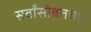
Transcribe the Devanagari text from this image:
सर्वांसोबतच्या